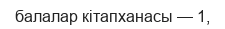
балалар кітапханасы — 1,